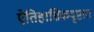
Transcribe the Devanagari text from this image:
ऐतिहासिकदृष्टय़ा